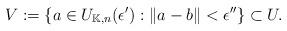
LaTeX: \begin{align*}V:=\{ a\in U_{\mathbb{K},n}(\epsilon ') : \| a - b\| < \epsilon '' \}\subset U.\end{align*}